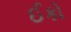
ઈકો